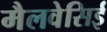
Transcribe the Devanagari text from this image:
मैलवेसिई